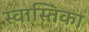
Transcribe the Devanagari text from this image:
स्वास्तिका